Civil Veterinary Department Bengal reports 1933-51 - 1933-1951
Year: 1933
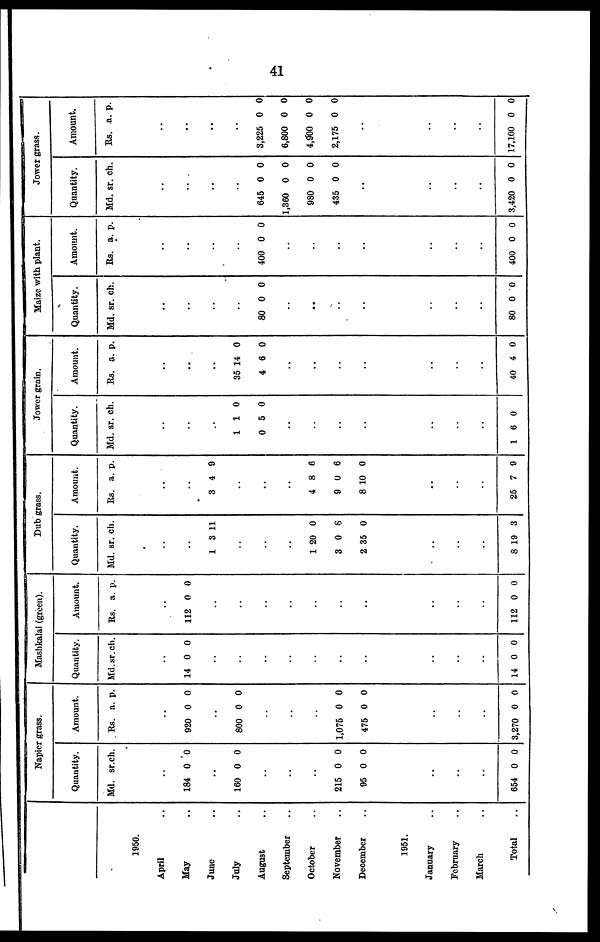
41
1950.
April ..
May ..
June ..
July ..
August ..
September ..
October ..
November ..
December ..
1951
January ..
February ..
March ..
Total ..
Napier grass.
Quantity.
Md.
..
184
..
160
..
..
..
215
95
..
..
..
654
sr.
0
0
0
0
0
ch.
0
0
0
0
0
Amount.
Rs.
..
920
..
800
..
..
..
1,075
475
..
..
..
3,270
a.
0
0
0
0
0
p.
0
0
0
0
0
Mashkalai (green).
Quantity.
Md.
..
14
..
..
..
..
..
..
..
..
..
..
14
sr.
0
0
ch.
0
0
Amount.
Rs.
..
112
..
..
..
..
..
..
..
..
..
..
112
a.
0
0
p.
0
0
Dub grass.
Quantity.
Md.
..
..
1
..
..
..
1
3
2
..
..
..
8
sr.
3
20
0
35
19
ch.
11
0
8
0
3
Amount.
Rs.
..
..
3
..
..
..
4
9
8
..
..
..
25
a.
4
8
0
10
7
p.
9
6
6
0
9
Jower grain.
Quantity.
Md.
..
..
..
1
0
..
..
..
..
..
..
..
16
sr.
1
5
0
ch.
0
0
Amount.
Rs.
..
..
..
35
4
..
..
..
..
..
..
..
40
a.
14
6
4
P.
0
0
0
Maize with plant.
Quantity.
Md.
..
..
..
..
80
..
..
..
..
..
..
..
80
sr.
0
0
ch.
0
0
Amount.
Rs.
..
..
..
..
400
..
..
..
..
..
..
..
400
a.
0
0
p.
0
0
Jower grass.
Quantity.
Md.
..
..
..
..
645
1,360
980
435
..
..
..
..
3,420
sr.
0
0
0
0
0
ch.
0
0
0
0
0
Amount.
Rs.
..
..
..
..
3,225
6,800
4,000
2,175
..
..
..
..
17,100
a.
0
0
0
0
0
p.
0
0
0
0
0